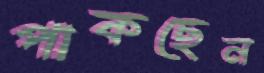
পাকছেন